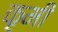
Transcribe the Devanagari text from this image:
कृमीं